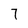
Character: 7